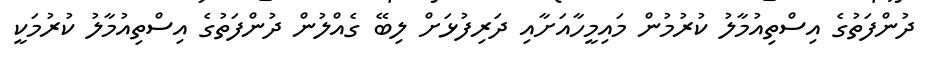
ދުންފަތުގެ އިސްތިއުމާލު ކުރުމުން މައިމީހާއަށާއި ދަރިފުޅަށް ލިބޭ ގެއްލުން ދުންފަތުގެ އިސްތިއުމާލު ކުރުމަކީ